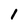
Character: 1